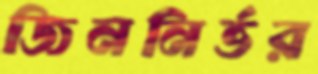
জিননির্ভর